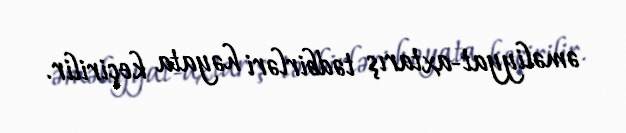
əməliyyat-axtarış tədbirləri həyata keçirilir.